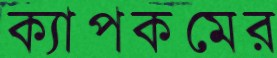
ক্যাপকমের